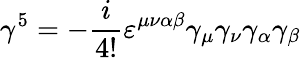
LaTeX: \gamma^{5}=-{\frac{i}{4!}}\varepsilon^{\mu\nu\alpha\beta}\gamma_{\mu}\gamma_{\nu}\gamma_{\alpha}\gamma_{\beta}